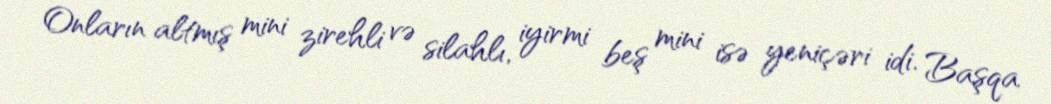
Onların altmış mini zirehli və silahlı, iyirmi beş mini isə yeniçəri idi. Başqa